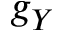
g _ { Y }